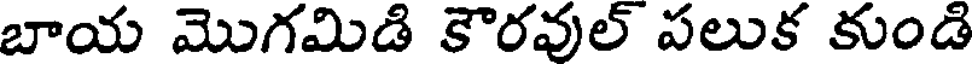
బాయ మొగమిడి కౌరవుల్ పలుక కుండి